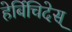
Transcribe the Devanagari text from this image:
हेर्बिचिदेस्